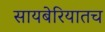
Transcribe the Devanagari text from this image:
सायबेरियातच